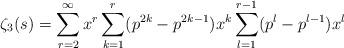
LaTeX: \begin{align*}\zeta_3(s) = \sum_{r=2}^{\infty}x^r \sum_{k=1}^{r} (p^{2k}-p^{2k-1})x^k \sum_{l=1}^{r-1} (p^l - p^{l-1})x^l\end{align*}